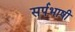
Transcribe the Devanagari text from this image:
सर्पभाषी